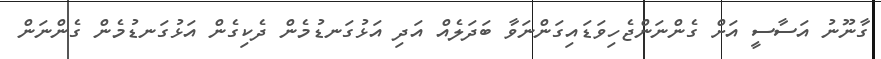
ގާނޫނު އަސާސީ އަށް ގެންނަންޖެހިވަޑައިގަންނަވާ ބަދަލެއް އަދި އަޅުގަނޑުމެން ދެކިގެން އަޅުގަނޑުމެން ގެންނަން